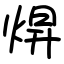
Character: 焺